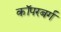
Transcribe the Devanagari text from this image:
कॉपरबर्ग